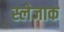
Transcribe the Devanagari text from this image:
स्लेजाक